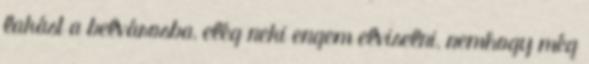
lakást a belvárosba, elég neki engem elviselni, nemhogy még